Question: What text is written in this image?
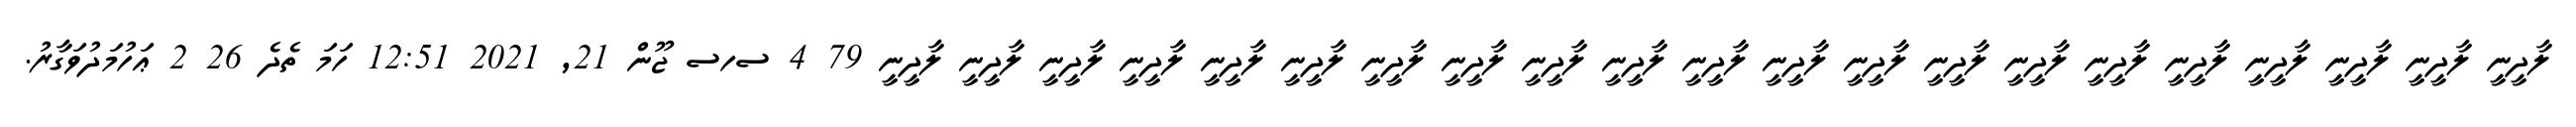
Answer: ލާދީނީ ލާދީނީ ލާދީނީ ލާދީނީ ލާދީނީ ލާދީނީ ލާދީނީ ލާދީނީ ލާދީނީ ލާދީނީ ލާދީނީ ލާދީނީ ލާދީނީ ލާދީނީ ލާދީނީ ލާދީނީ ލާދީނީ ލާދީނީ ލާދީނީ ލާދީނީ ލާދީނީ 79 4 ސހސ ޖޫން 21, 2021 12:51 ހަމަ ތެދެ 26 2 ޢަހުމަދުވަގާރު.